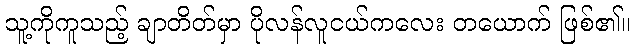
သူ့ကိုကူသည့် ချာတိတ်မှာ ပိုလန်လူငယ်ကလေး တယောက် ဖြစ်၏။